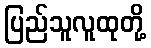
ပြည်သူလူထုတို့